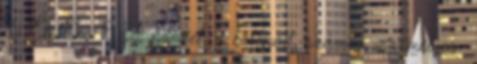
& ÉletErő ? A pénzét, a belépőit, számos -személyes-